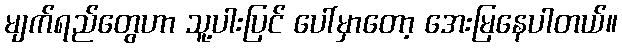
မျက်ရည်တွေဟာ သူ့ပါးပြင် ပေါ်မှာတော့ အေးမြနေပါတယ်။